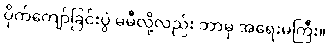
ပိုက်ကျော်ခြင်းပွဲ မမီလို့လည်း ဘာမှ အရေးမကြီး။